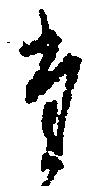
た